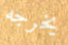
يخرجه